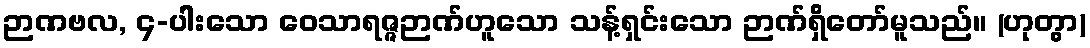
ဉာဏဗလ, ၄-ပါးသော ဝေသာရဇ္ဇဉာဏ်ဟူသော သန့်ရှင်းသော ဉာဏ်ရှိတော်မူသည်။ (ဟုတွာ)